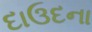
દાઉદના